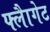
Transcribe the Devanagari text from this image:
फ्लैागेट